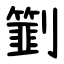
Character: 㔐